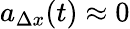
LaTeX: a_{\Delta x}(t)\approx 0